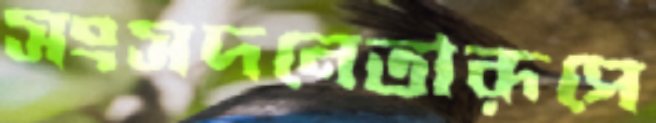
সংসদনেতারূপে